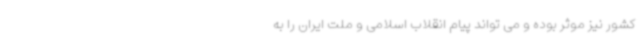
کشور نیز موثر بوده و می تواند پیام انقلاب اسلامی و ملت ایران را به